Lunatic asylums Central Provinces reports 1895-1909 - 1895-1909
Year: 1895
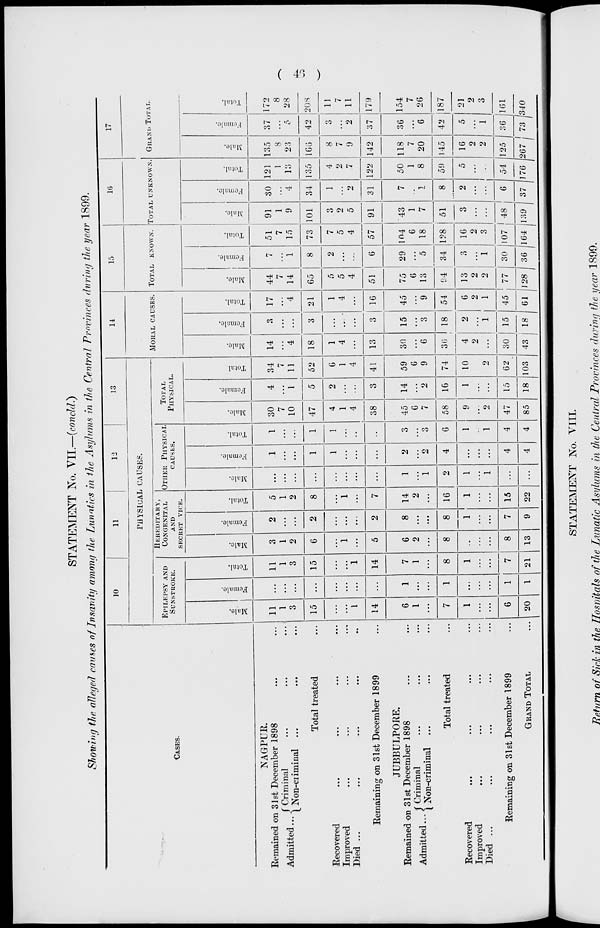
( 46 )
STATEMENT No. VII.—(concld.)
Showing the alleged causes of Insanity among the Lunatics in the Asylums in the Central Provinces during the year 1899.
Cases.
NAGPUR.
Remained on 31st December 1898 ... ...
Admitted ...
Criminal ... ... ...
Non-criminal ... ... ...
Total treated ...
Recovered ... ... ... ...
Improved ... ... ... ...
Died ... ... ... ... ...
Remaining on 31st December 1899 ...
JUBBULPORE.
Remained on 31st December 1898 ... ...
Admitted ...
Criminal ... ... ...
Non-Criminal ... ... ...
Total treated ...
Recovered ... ... ... ...
Improved ... ... ... ...
Died ... ... ... ... ...
Remaining on 31st December 1899 ...
GRAND TOTAL ...
10
11
12
13
PHYSICAL CAUSES.
EPILEPSY AND
SUNSTROKE.
Male.
11
1
3
15
...
...
1
14
6
1
...
7
1
...
...
6
20
Female.
...
...
...
...
...
...
...
...
1
...
...
1
...
...
...
1
1
Total.
11
1
3
15
...
...
1
14
7
1
...
8
1
...
...
7
21
HEREDITARY,
CONGENITAL
AND
SECRET VICE.
Male.
3
1
2
6
...
1
...
5
6
2
...
8
...
...
...
8
13
Female.
2
...
...
2
...
...
...
2
8
...
...
8
1
...
...
7
9
Total.
5
1
2
8
...
1
...
7
14
2
...
16
1
...
...
15
22
OTHER PHYSICAL
CAUSES.
Male.
...
...
...
...
...
...
...
...
1
...
1
2
1
...
1
...
...
Female.
1
...
...
1
1
...
...
...
2
...
2
4
...
...
...
4
4
Total.
1
...
...
1
1
...
...
...
3
...
3
6
1
...
1
4
4
TOTAL
PHYSICAL.
Male.
30
7
10
47
4
1
4
38
45
6
7
58
9
...
2
47
85
Female.
4
...
1
5
2
...
...
3
14
...
2
16
1
...
...
15
18
Total
34
7
11
52
6
1
4
41
59
6
9
74
10
...
2
62
103
14
MORAL CAUSES.
Male.
14
...
4
18
1
4
...
13
30
...
6
36
4
2
...
30
43
Female.
3
...
...
3
...
...
...
3
15
...
3
18
2
...
1
15
18
Total.
17
...
4
21
1
4
...
16
45
...
9
54
6
2
1
45
61
15
TOTAL KNOWN.
Male.
44
7
14
65
5
5
4
51
75
6
13
94
13
2
2
77
128
Female.
7
...
1
8
2
...
...
6
29
...
5
34
3
...
1
30
36
Total.
51
7
15
73
7
5
4
57
104
6
18
128
16
2
3
107
164
16
TOTAL UNKNOWN.
Male.
91
1
9
101
3
2
5
91
43
1
7
51
3
...
...
48
139
Female.
30
...
4
34
1
...
2
31
7
...
1
8
2
...
...
6
37
Total.
121
1
13
135
4
2
7
122
50
1
8
59
5
...
...
54
176
17
GRAND TOTAL.
Male.
135
8
23
166
8
7
9
142
118
7
20
145
16
2
2
125
267
Female.
37
...
5
42
3
...
2
37
36
...
6
42
5
...
1
36
73
Total.
172
8
28
208
11
7
11
179
154
7
26
187
21
2
3
161
340